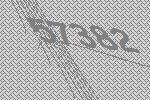
57382